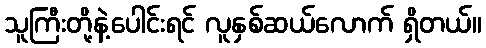
သူကြီးတို့နဲ့ပေါင်းရင် လူနှစ်ဆယ်လောက် ရှိတယ်။